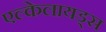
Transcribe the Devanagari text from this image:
एल्केलायड्स